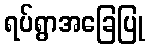
ရပ်ရွာအခြေပြု